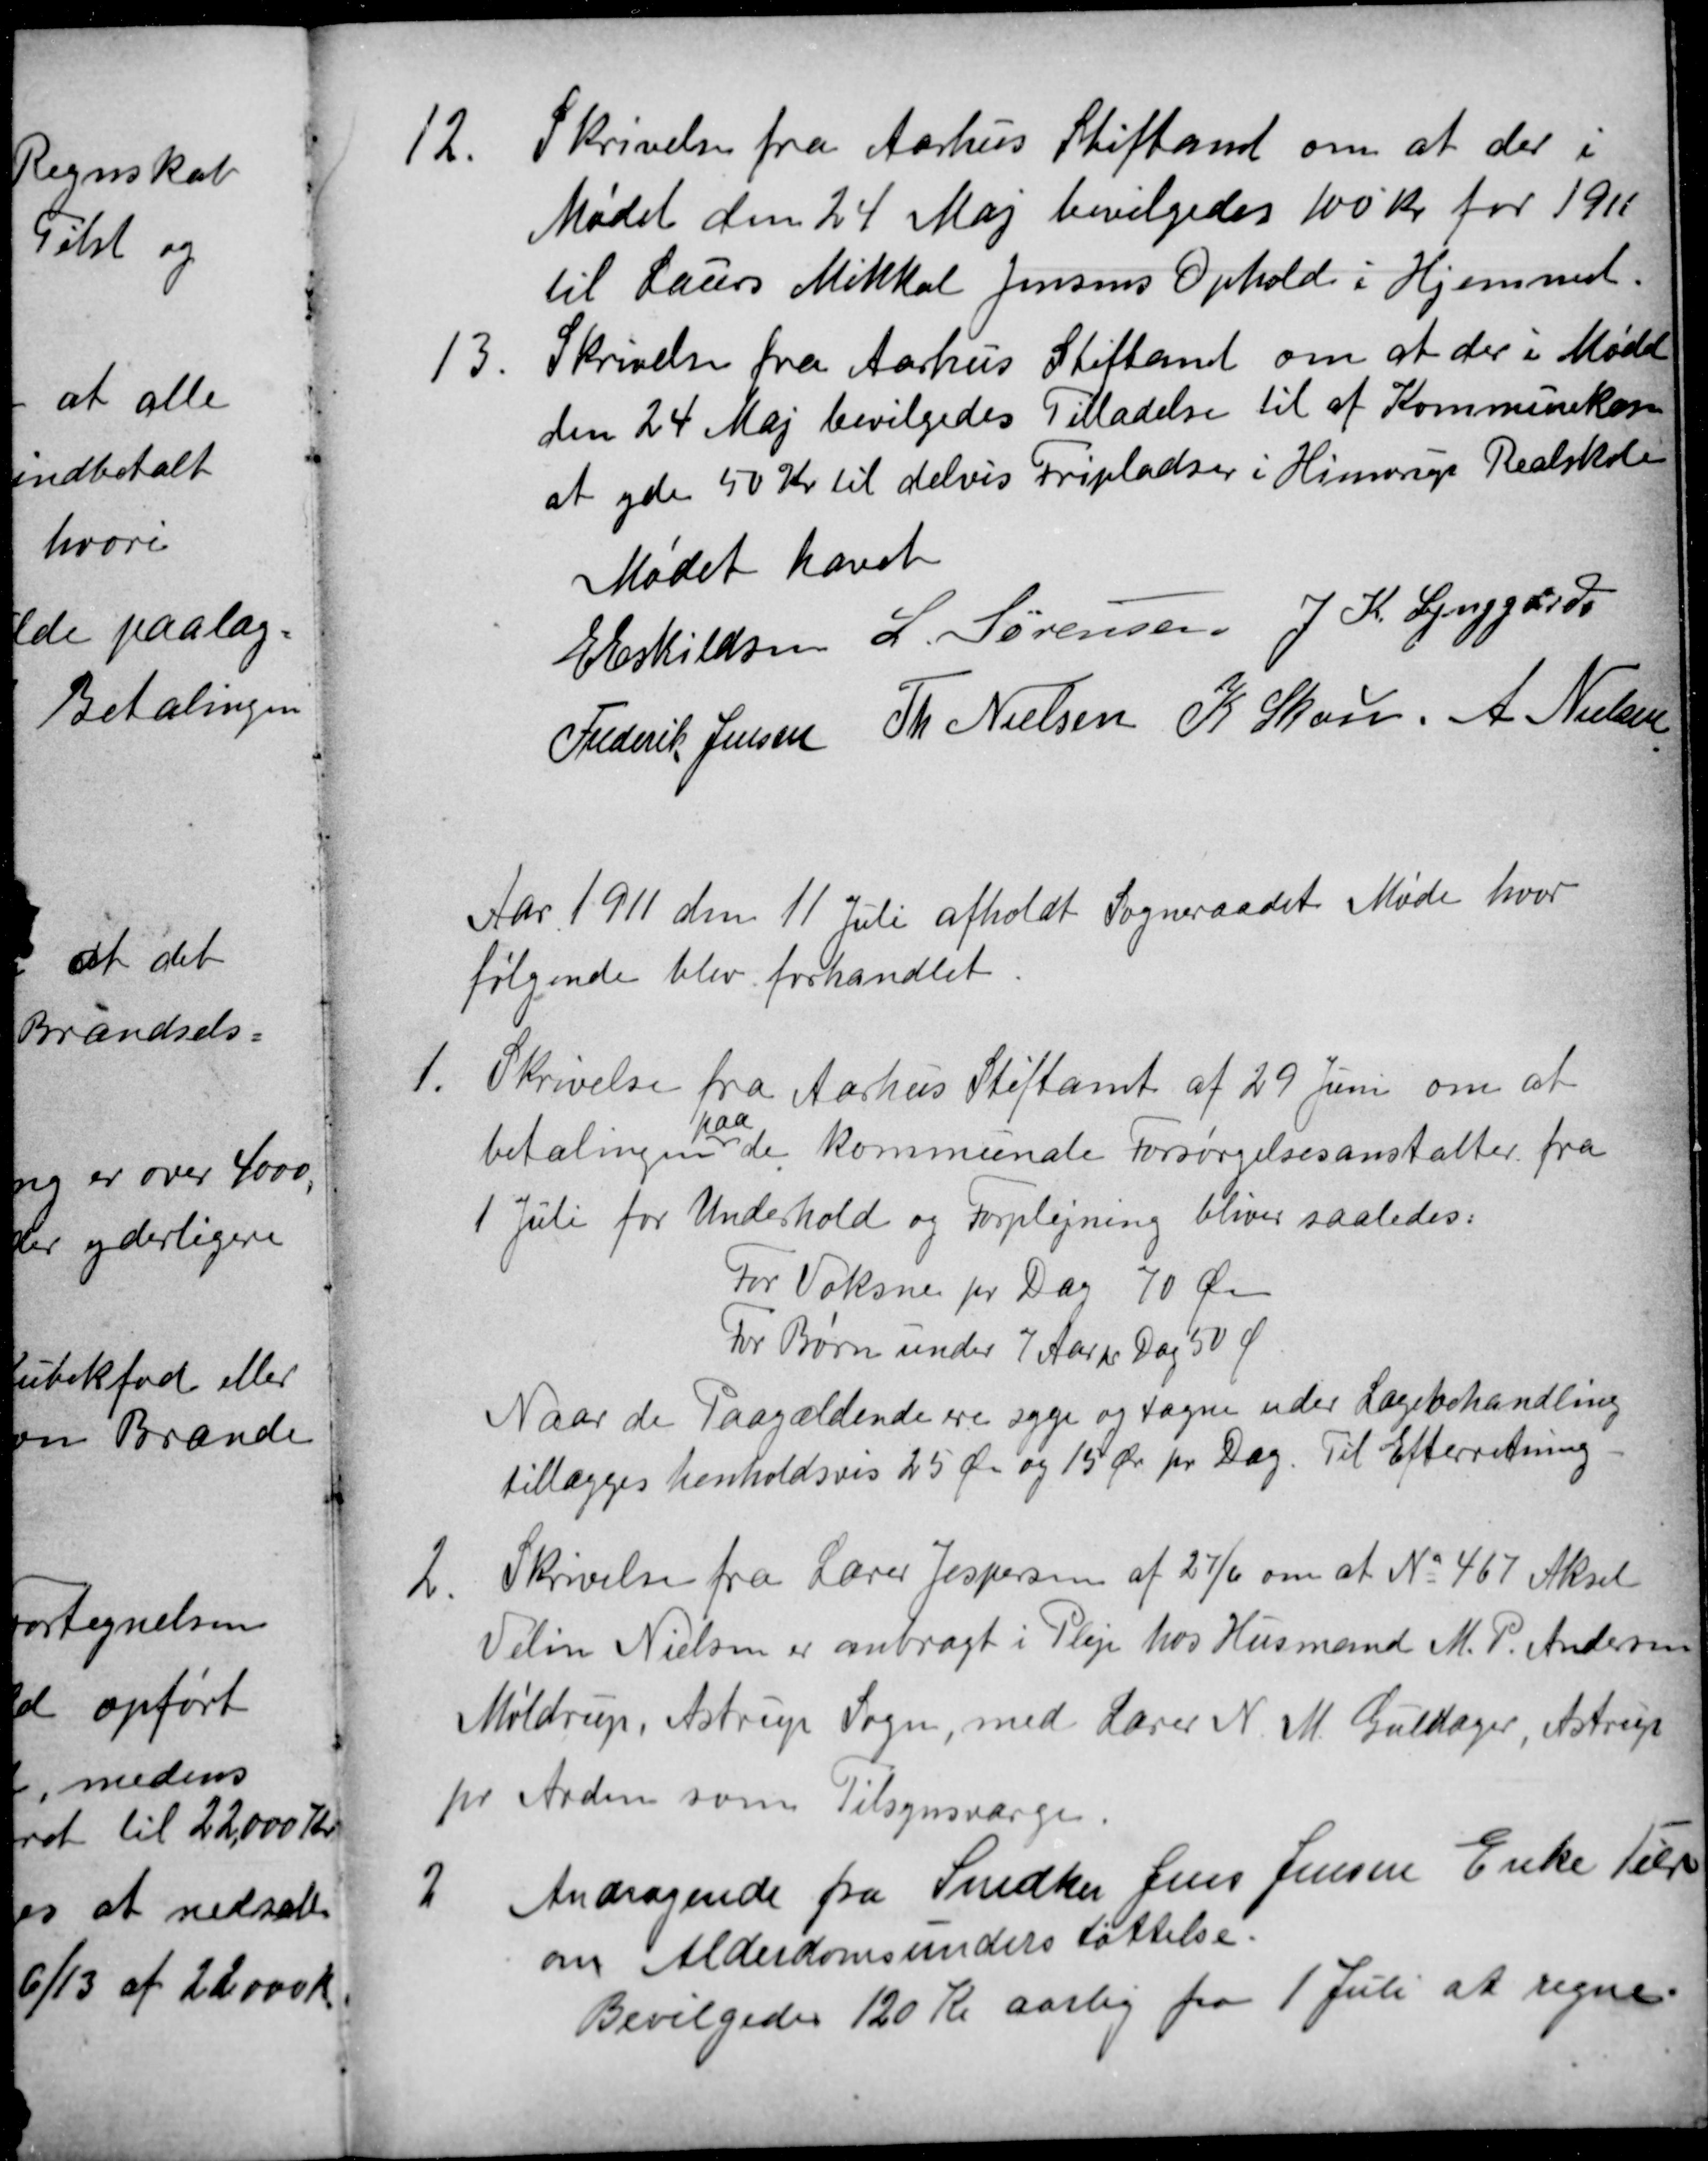
Transskription:
12.
Skrivelse fra Aarhus Stiftamt om at der i
Mødet den 24 Maj bevilgedes 100 Kr for 1911
til Laurs Mikkel Jensens Ophold i Hjemmet.
13.
Skrivelse fra Aarhus Stiftamt om at der i Mødet
den 24 Maj bevilgedes Tilladelse til af Kommunekasse
at yde 50 Kr til delvis Fripladser i Hinnerup Realskole
Mødet hævet
E Eskildsen
L. Sørensen
J. K. Lynggård
Frederik Jensen
Th Nielsen
K Skou A Nielsen
Aar 1911 den 11 Juli afholdt Sogneraadet Møde hvor
følgende blev forhandlet.
1.
Skrivelse fra Aarhus Stiftamt af 29 Juni om at
betalingen
paa
de kommunale Forsørgelsesanstalter fra
1 Juli for Underhold og Forplejning bliver saaledes:
For Voksne pr Dag 70 Øre
For Børn under 7 Aar pr Dag 50 Ø
Naar de Paagældende ere syge og tagne uder Lægebehandling
tillægges henholdsvis 25 Øre og 15 Øre pr Dag. Til Efterretning.
2
Skrivelse fra Lærer Jespersen af 27/6 om at № 467 Aksel
Velin Nielsen er anbragt i Pleje hos Husmand M. P. Andersen
Møldrup, Astrup Sogn, med Lærer N. M. Guldager, Astrup
pr Arden som Tilsynsværge.
2
Andragende fra Snedker Jens Jensen Enke Tilst
om Alderdomsunderstøttelse.
Bevilgedes 120 Kr aarlig fra 1 Juli at regne.